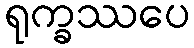
ရုက္ခဿပေ